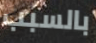
بالسبب